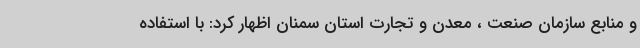
و منابع سازمان صنعت ، معدن و تجارت استان سمنان اظهار کرد: با استفاده